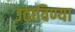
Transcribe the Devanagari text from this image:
उठाविण्या